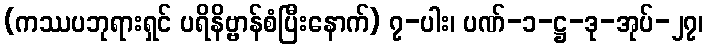
(ကဿပဘုရားရှင် ပရိနိဗ္ဗာန်စံပြီးနောက်) ၇-ပါး၊ ပဏ်-၁-ဋ္ဌ-ဒု-အုပ်-၂၇၊